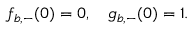
f _ { b , - } ( 0 ) = 0 , \quad g _ { b , - } ( 0 ) = 1 .